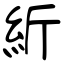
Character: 紤